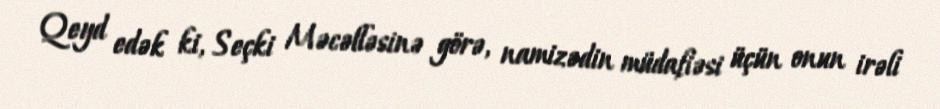
Qeyd edək ki, Seçki Məcəlləsinə görə, namizədin müdafiəsi üçün onun irəli